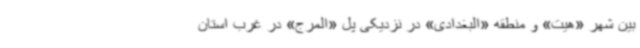
بین شهر «هیت» و منطقه «البغدادی» در نزدیکی پل «المرج» در غرب استان